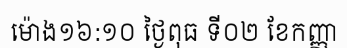
ម៉ោង១៦:១០ ថ្ងៃពុធ ទី០២ ខែកញ្ញា